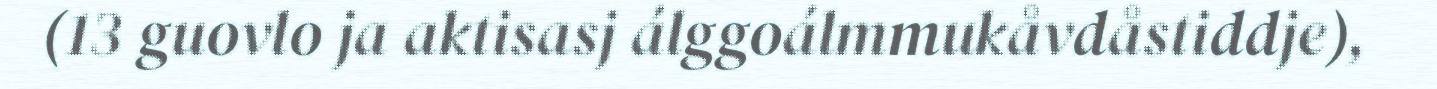
(13 guovlo ja aktisasj álggoálmmukåvdåstiddje),